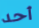
أحد